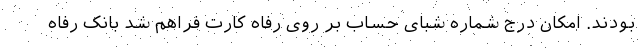
بودند. امکان درج شماره شبای حساب بر روی رفاه کارت فراهم شد بانک رفاه